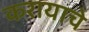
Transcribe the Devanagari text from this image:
करायाचे